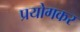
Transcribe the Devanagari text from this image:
प्रयोगकर